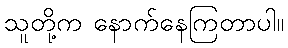
သူတို့က နောက်နေကြတာပါ။